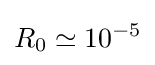
R_{0}\simeq 10^{-5}